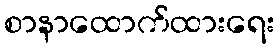
စာနာထောက်ထားရေး